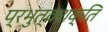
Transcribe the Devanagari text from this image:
प्रभुत्वशक्ति